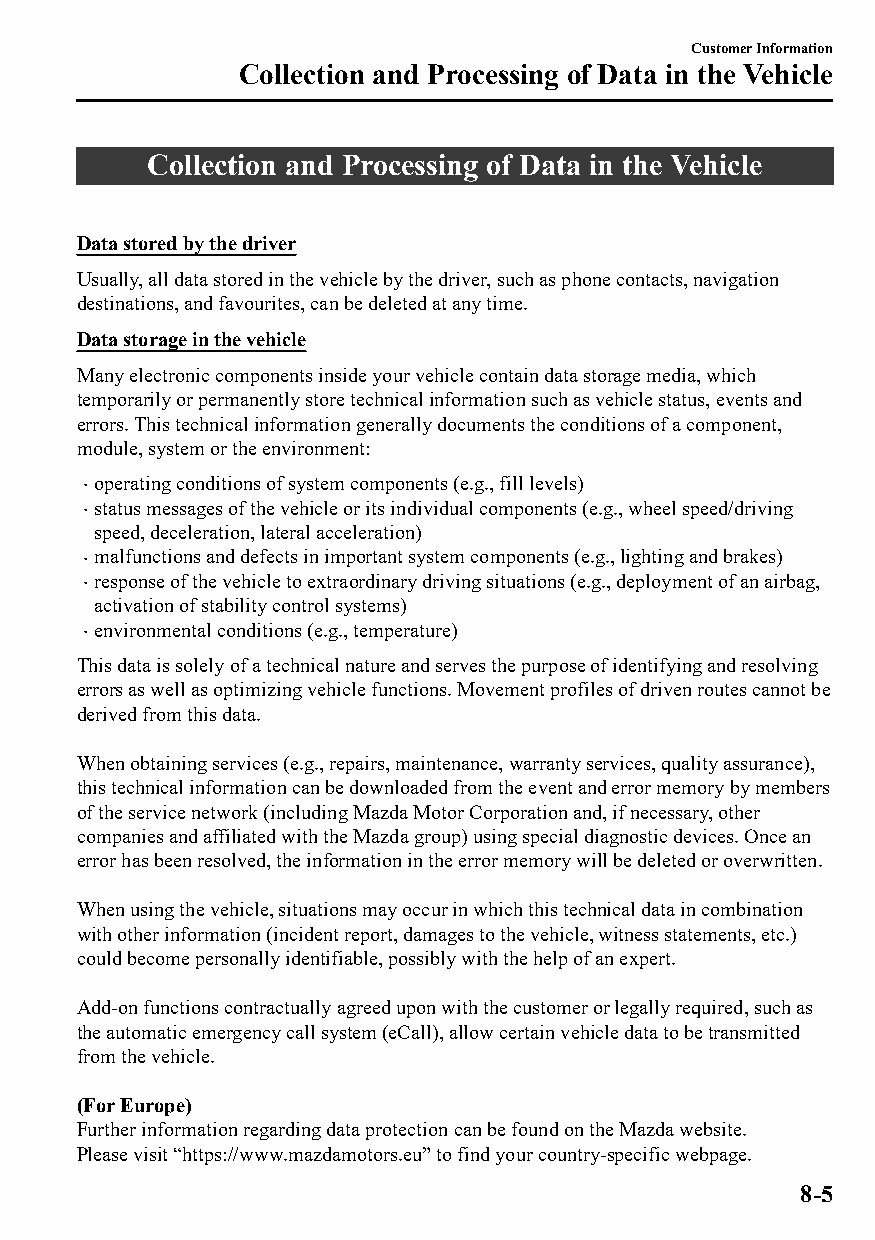
Customer Information
 Collection and Processing of Data in the Vehicle
 Collection and Processing of Data in the Vehicle
 Data stored by the driver
 Usually, all data stored in the vehicle by the driver, such as phone contacts, navigation
 destinations, and favourites, can be deleted at any time.
 Data storage in the vehicle
 Many electronic components inside your vehicle contain data storage media, which
 temporarily or permanently store technical information such as vehicle status, events and
 errors. This technical information generally documents the conditions of a component,
 module, system or the environment:
 operating conditions of system components (e.g., fill levels)
 
 status messages of the vehicle or its individual components (e.g., wheel speed/driving
 
 speed, deceleration, lateral acceleration)
 malfunctions and defects in important system components (e.g., lighting and brakes)
 
 response of the vehicle to extraordinary driving situations (e.g., deployment of an airbag,
 
 activation of stability control systems)
 environmental conditions (e.g., temperature)
 
 This data is solely of a technical nature and serves the purpose of identifying and resolving
 errors as well as optimizing vehicle functions. Movement profiles of driven routes cannot be
 derived from this data.
 When obtaining services (e.g., repairs, maintenance, warranty services, quality assurance),
 this technical information can be downloaded from the event and error memory by members
 of the service network (including Mazda Motor Corporation and, if necessary, other
 companies and affiliated with the Mazda group) using special diagnostic devices. Once an
 error has been resolved, the information in the error memory will be deleted or overwritten.
 When using the vehicle, situations may occur in which this technical data in combination
 with other information (incident report, damages to the vehicle, witness statements, etc.)
 could become personally identifiable, possibly with the help of an expert.
 Add-on functions contractually agreed upon with the customer or legally required, such as
 the automatic emergency call system (eCall), allow certain vehicle data to be transmitted
 from the vehicle.
 (For Europe)
 Further information regarding data protection can be found on the Mazda website.
 Please visit “https://www.mazdamotors.eu” to find your country-specific webpage.
 8-5
 CX-3_8GT4-EE-18D_Edition4                  2018-9-6 18:32:19